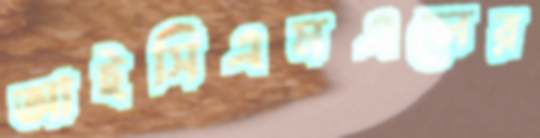
আইসিএমএলের